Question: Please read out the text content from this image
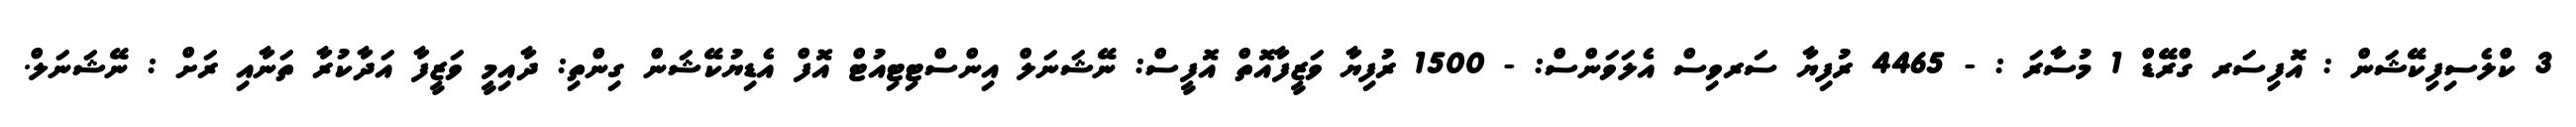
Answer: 3 ކްލެސިފިކޭޝަން : އޮފިސަރ ގްރޭޑް 1 މުސާރަ : - 4465 ރުފިޔާ ސަރވިސް އެލަވަންސް: - 1500 ރުފިޔާ ވަޒީފާއޮތް އޮފީސް: ނޭޝަނަލް އިންސްޓިޓިއުޓް އޮފް އެޑިޔުކޭޝަން ގިންތި: ދާއިމީ ވަޒީފާ އަދާކުރާ ތަނާއި ރަށް : ނޭޝަނަލް.